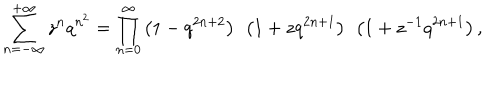
\sum _ { n = - \infty } ^ { + \infty } z ^ { n } q ^ { n ^ { 2 } } = \prod _ { n = 0 } ^ { \infty } \left( 1 - q ^ { 2 n + 2 } \right) ~ \left( 1 + z q ^ { 2 n + 1 } \right) ~ \left( 1 + z ^ { - 1 } q ^ { 2 n + 1 } \right) ,